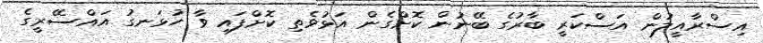
އިސްރާއީލުން އަސްކަރީ ބާރުގެ ބޭނުން ކޮށްގެން އަޅުވެތި ކޮށްފައި ވާ ހުޅަނގު އައްސޭރީގެ